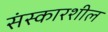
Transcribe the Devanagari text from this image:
संस्कारशील